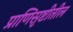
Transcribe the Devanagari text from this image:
प्राणिसृष्टीतील